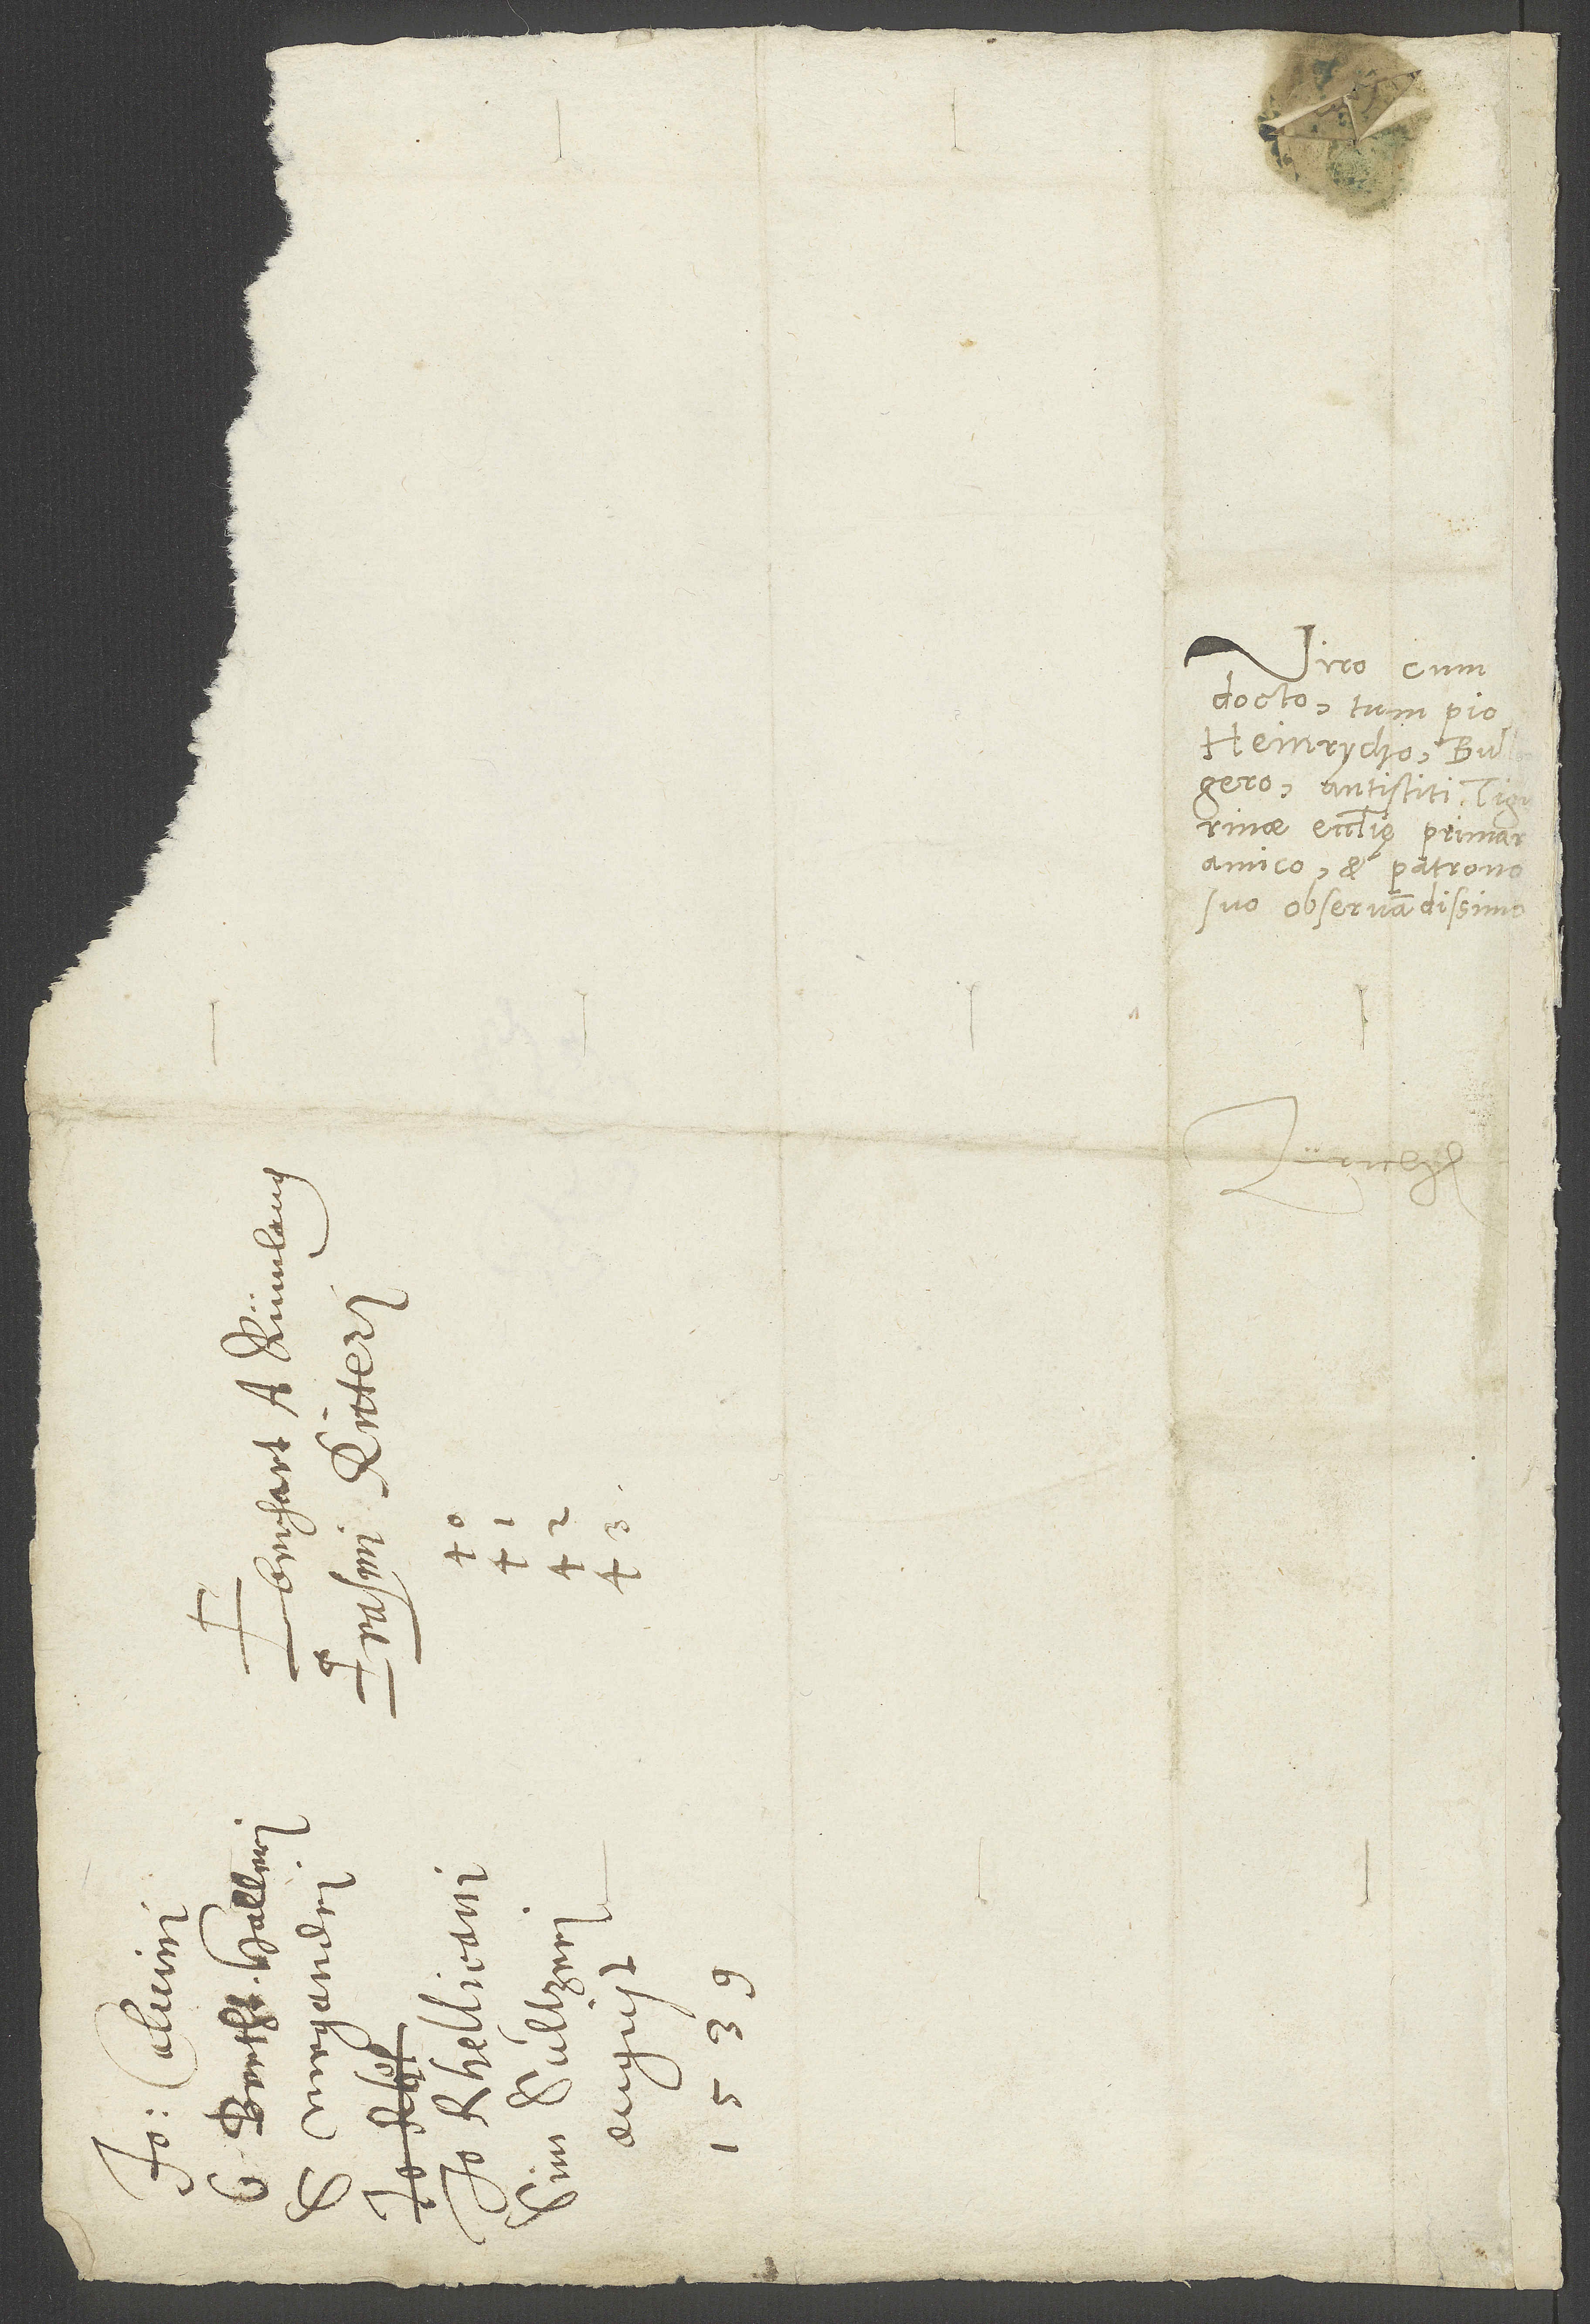
.

.
d.

Viro cum
docto tum pio